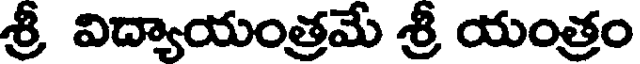
శ్రీ విద్యాయంత్రమే శ్రీ యంత్రం